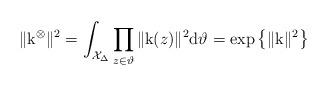
LaTeX: \begin{align*}\|\mathrm{k}^\otimes\|^2=\int_{\mathcal{X}_{\Delta}}\prod_{z\in\vartheta}\|\mathrm{k}(z)\|^2\mathrm{d}\vartheta=\exp\big\{ \|\mathrm{k}\|^2\big\}\end{align*}